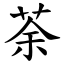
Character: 荼